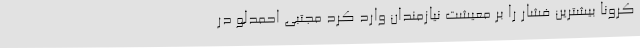
کرونا بیشترین فشار را بر معیشت نیازمندان وارد کرد مجتبی احمدلو در